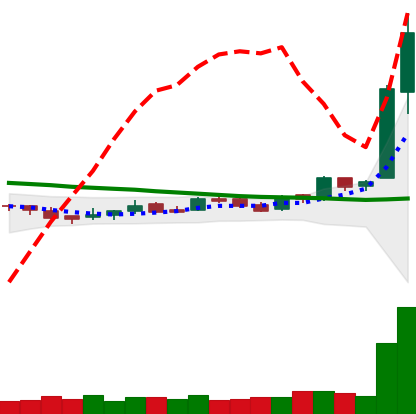
Ticker: LTC-USD
Chart end date: 2016-04-25
Forward return: -3.987%
Label: down_3_5